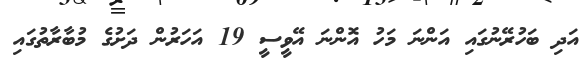
އަދި ބަހުރޭނުގައި އަންނަ މަހު އޮންނަ އޭވީސީ 19 އަހަރުން ދަށުގެ މުބާރާތުގައި